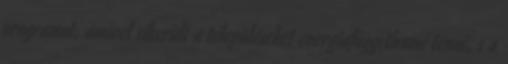
programot, amivel sikerült a településeket energiafüggetlenné tenni, s a